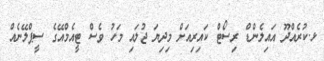
ޅ.ކުރެއްދޫ އައިލެންޑް ރިސޯޓް ކައިރިއަށް މިދިޔަ ޖުލައި މަހު ވެސް ޓީއެމްއޭގެ ސީޕްލޭނެއް